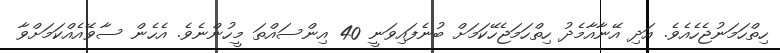
ހިތްހަމަނުޖެހެއެވެ. އަދި އޭނާއާމެދު ހިތްހަމަޖެހޭކަމަށް ބުނެފައިވަނީ 40 އިންސައްތަ މީހުންނެވެ. އެހެން ސާވޭއެއްކަމަށްވާ